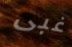
غبى